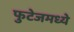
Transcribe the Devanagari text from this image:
फुटेजमध्ये